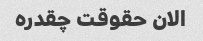
الان حقوقت چقدره